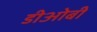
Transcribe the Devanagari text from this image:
डीओबी